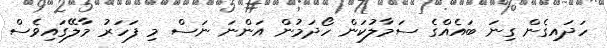
ހަދައިގެން ގިނަ ބައެއްގެ ސަމާލުކަން ހޯދަމުން އަންނަ ނަސް މި ފަހަރު މާލޭގައިވެސް